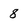
Character: 8